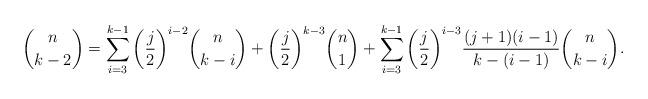
LaTeX: \begin{align*}\binom{n}{k-2}=\sum_{i=3}^{k-1}{\left(\frac{j}{2}\right)}^{i-2}\binom{n}{k-i}+{\left(\frac{j}{2}\right)}^{k-3}\binom{n}{1}+\sum_{i=3}^{k-1}{\left(\frac{j}{2}\right)}^{i-3}\frac{{\left(j+1\right)} {\left(i-1\right)}}{k-{\left(i-1\right)}}\binom{n}{k-i}.\end{align*}